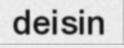
deisin